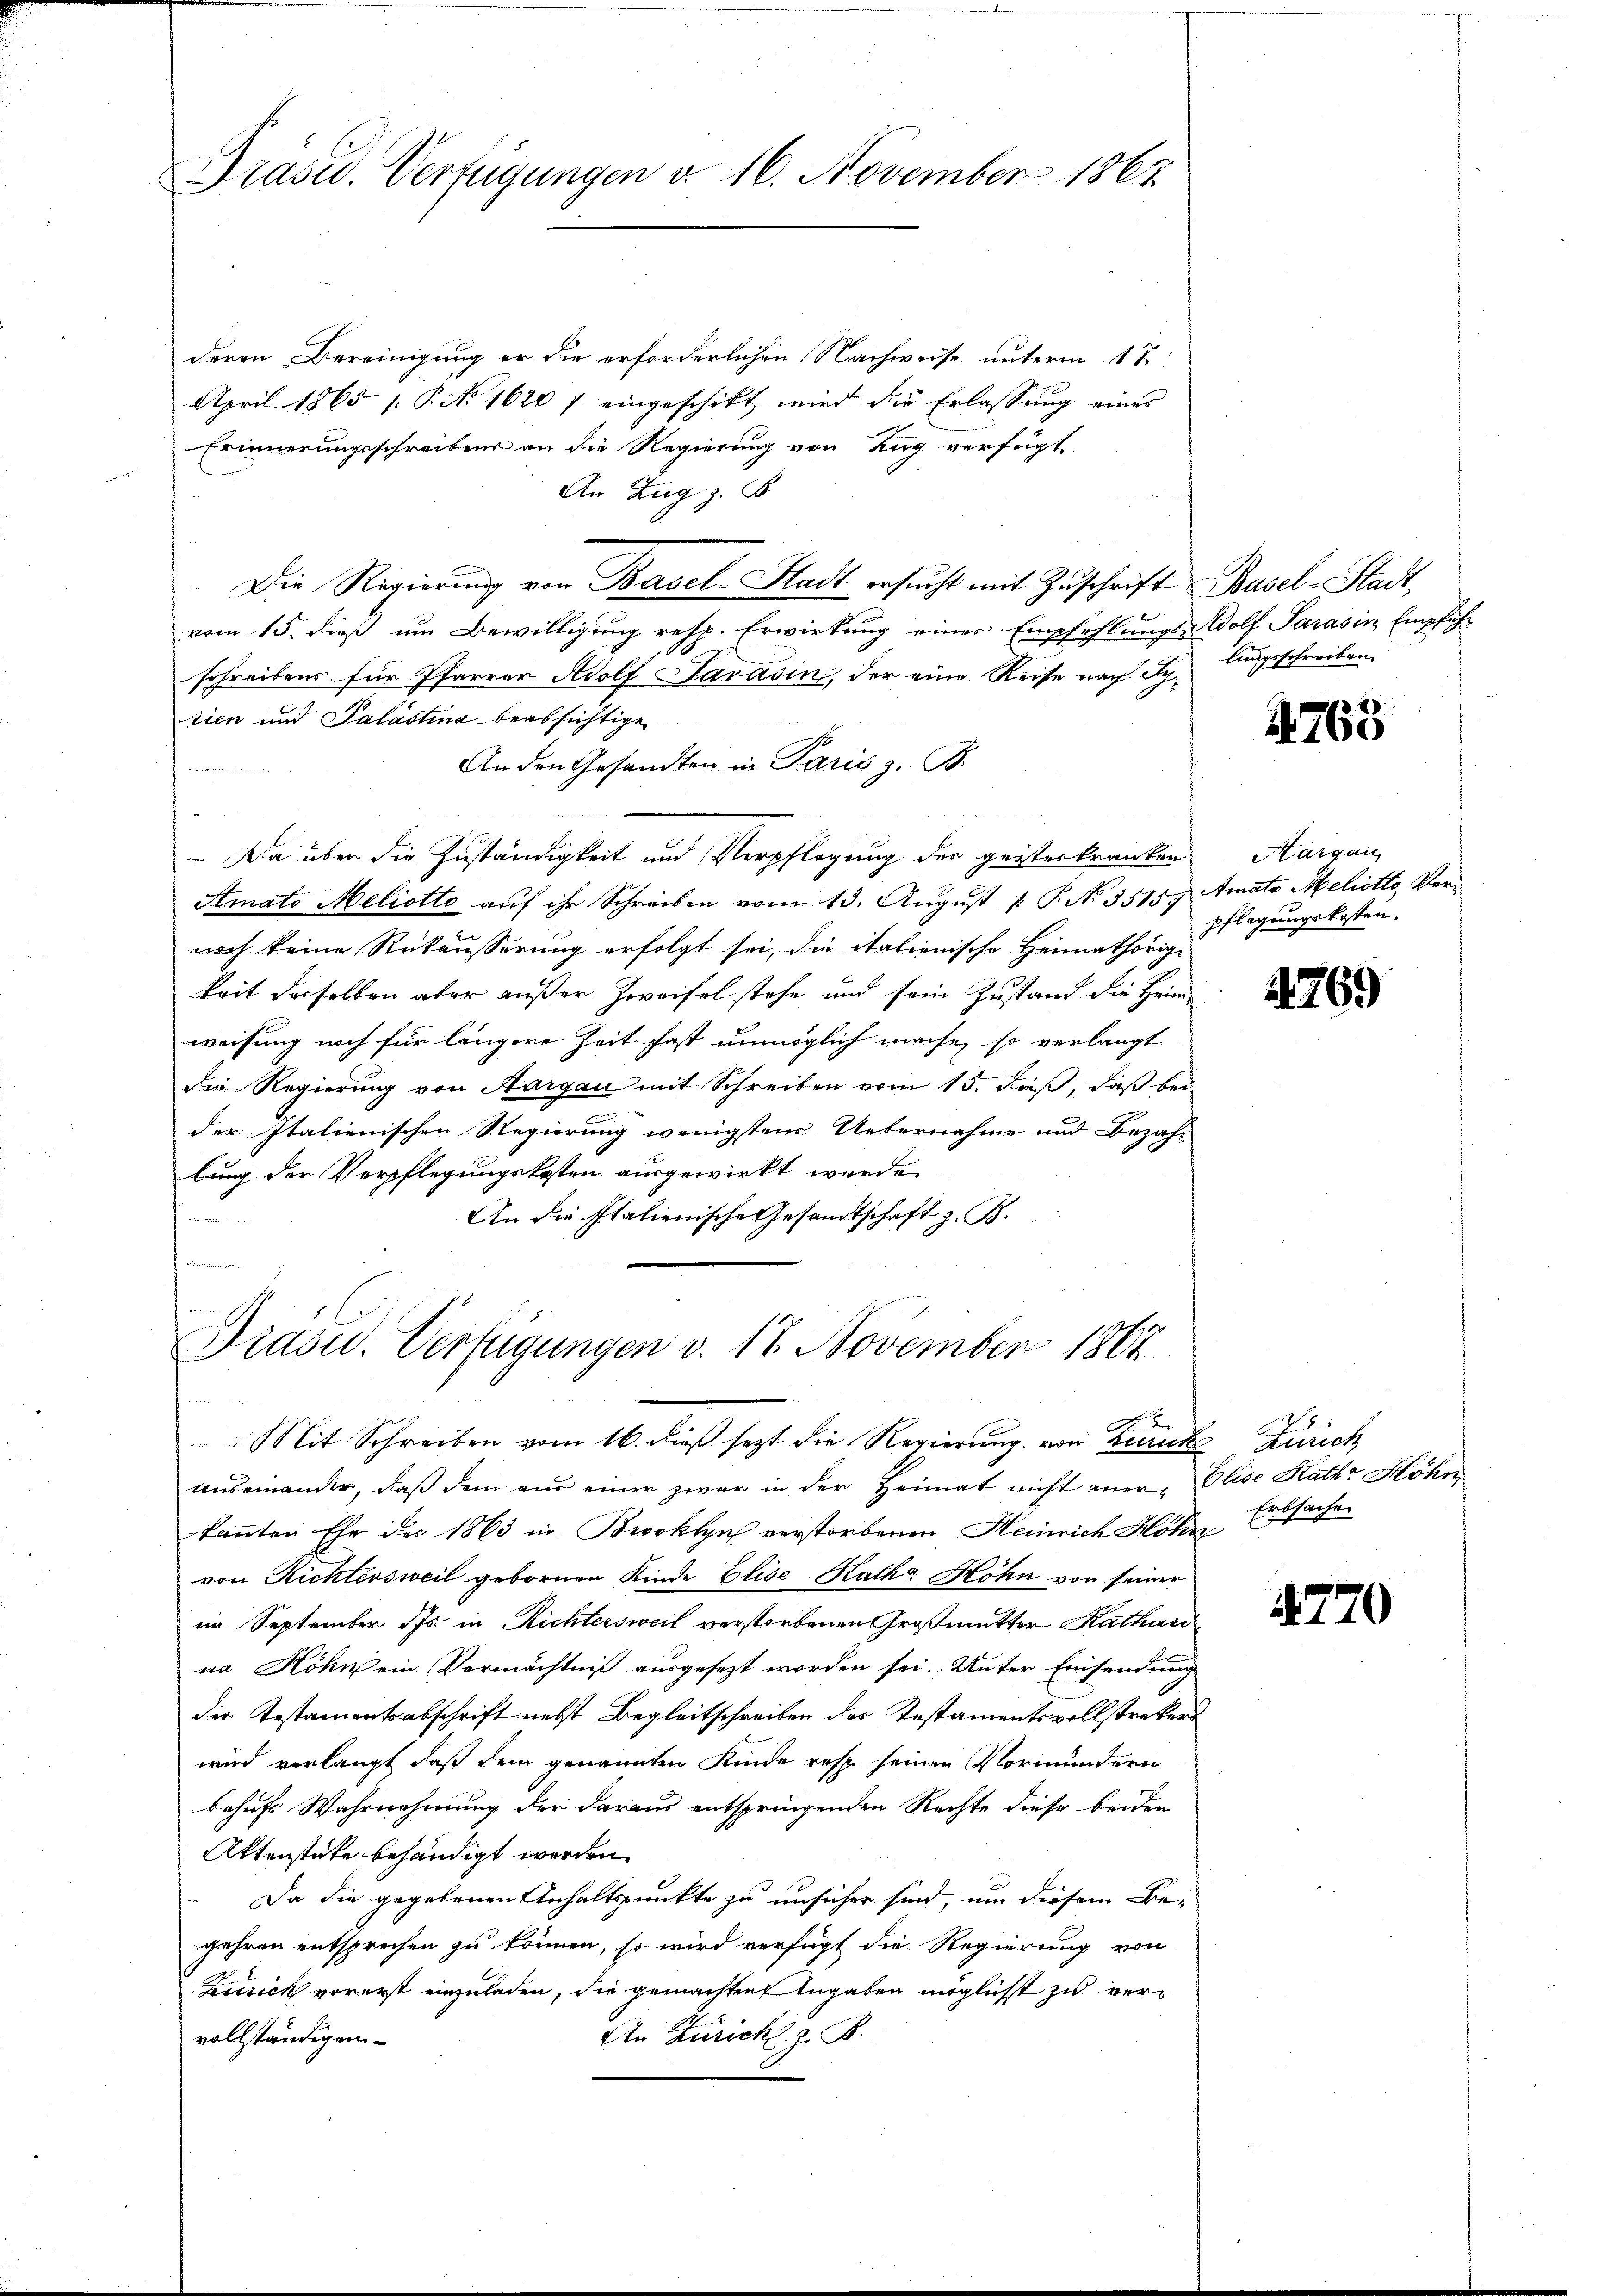
Präsid. Verfügungen d. 16. November 1862

deren Bereinigung er die erforderlichen Nachweise unterm 1te
April 1865 [ P. No 1620 / eingeschikt wird die Erlassung eines
Erinnerungsschreibens an die Regierung von Zug verfügt
An Zug z. B.
Die Regierŭng von Basel-Stadt ersŭcht mit Zŭschrift Basel-Stadt,
vom 15. dieß um Bewilligung resp. Erwirkung einer Empfehlungs- Wolf Sarasin Empfehschreibens für Pfarrer Adolf Javasin, der eine Reise nach Schtien und Palastina beabsichtige
An den Gesandten in Paris z. B.
Dia über die Zuständigkeit und Verpflegung der geisterkranken
Amato Meliotto auf ihr Schreiben vom 13. August [ P. N. 5515) Amata Meliotto, Vernoch keine Rükäusserung erfolgt sei, die italienische Heimathörige
krit derselben aber außer Zweifel stehe und sein Zustand die Heim
weisung noch für längere Zeit fast unmöglich mache, so verlangt
Die Regierung von Aargau mit Schreiben vom 15. dieß, daß bei
der Italienischen Regierung wenigsten Uebernahme und Bezahl
bung der Verpflegungskosten ausgewirkt werde.
An die Italienische Gesandtschaft z. B.
u
tamen

Präsid. Verfügungen v. 17. November 1864

A
Mit Schreiben vom 16. dieß setzt die Regierung von Burck Zürich

lungsschreiben.

auseinander, daß dem aus einer zwar in der Heimat nicht aner, Elise Rath Höhn
kannten Ehe des 1863 in Brooklyn verstorbenen Heinrich Höhn
von Richtersweil gebornen Kinde Elise Katha Höhn von seiner
im September des in Richtersweil verstorbenen Großmutter Kathari
na Höhn ein Vermächtniß ausgesezt worden sei. Unter Einsendung
der Testamentsabschrift nebst Begleitschreiben des Instamentsvollstrekerwird verlangt, daß dem genannten Kinde resp. seinen Vormundern
behufs Wahrnehmung der daraus entspringenden Rechte diese beiden
Aktenstücke behändigt werden.
Da die gegebenen Unhaltspunkte zu unsicher sind, um diesem Be-
gehren entsprechen zu können, so wird verfügt die Regierung von
Zurick vorerst einzuladen, die gemachten Angaben möglichst zu ver¬
An Zürichl. z. B.
vollständigen

4763

Hargau
pflegungskosten

4769

Erbsache

4770